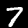
Label: 7